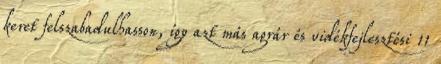
keret felszabadulhasson, így azt más agrár és vidékfejlesztési 11